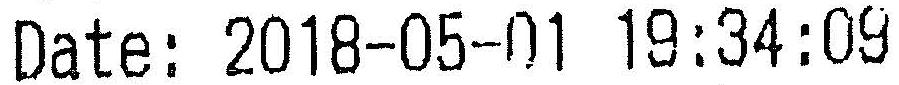
DATE: 2018-05-01 19:34:09